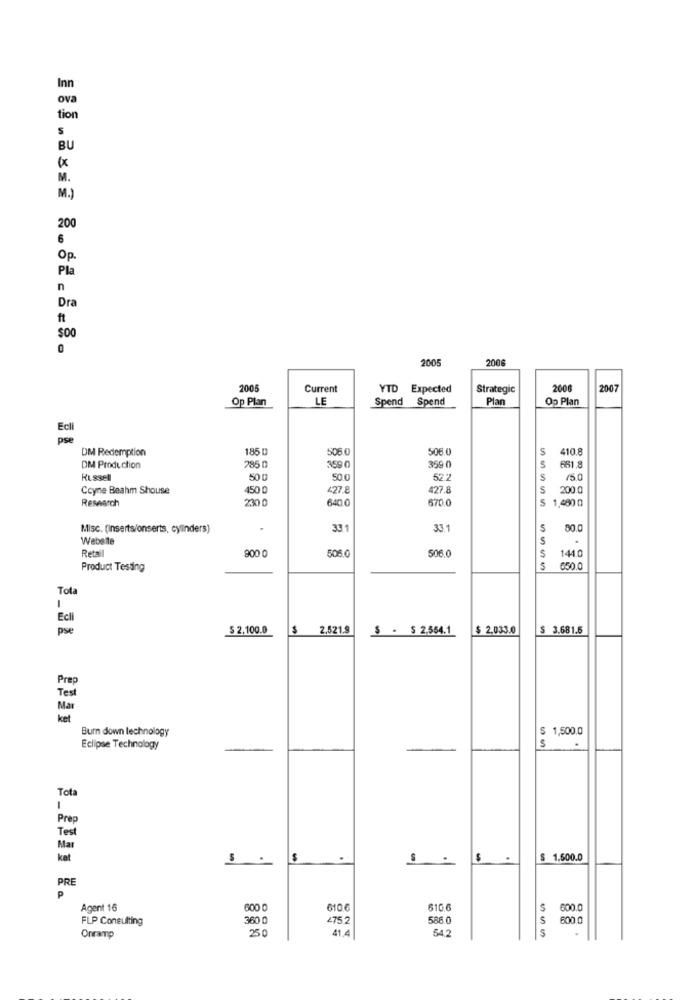
Inn
ova
tion
BU
M.
M.)
200
6
Op.
Pla
n
Dr
ft
$00
0
2005
2006
2005
Current
YTD Expected
Strategic
2008
2007
Op Plan
LE
Spend Spend
Plan
Op Plan
Ecli
pse
DM Redemption
1850
506.0
506 0
S
410.8
359 0
DM Production
785 0
359 0
661.8
Russell
50
50.0
52.2
5
/5.0
Coyne Beahm Shouse
150 0
427.8
127.8
S
200 0
Research
230 0
640.0
670.0
$ 1,480 0
Misc. (inserts/onserts, cylinders)
33.1
33.1
5
80.0
Website
Retail
800 0
506.0
1440
506.0
Product Testing
5
650.0
Tot
Ecli
pse
$ 2.100.0
$ 2.521.9
$ - $ 2,554.1
$ 2,033.0
$ 3.681.6
Prep
Tes
Mar
ket
Burn down technology
$ 1,500.0
Eclipse Technology
S
Tot
-
Prep
Test
Mar
kat
S
$
S -
$
$ 1.500.0
PRE
P
Agent 16
600
610 €
6106
600.0
FLP Coneulting
360 0
475.2
586.0
600
41.4
54,2
$
Onramp
25 0